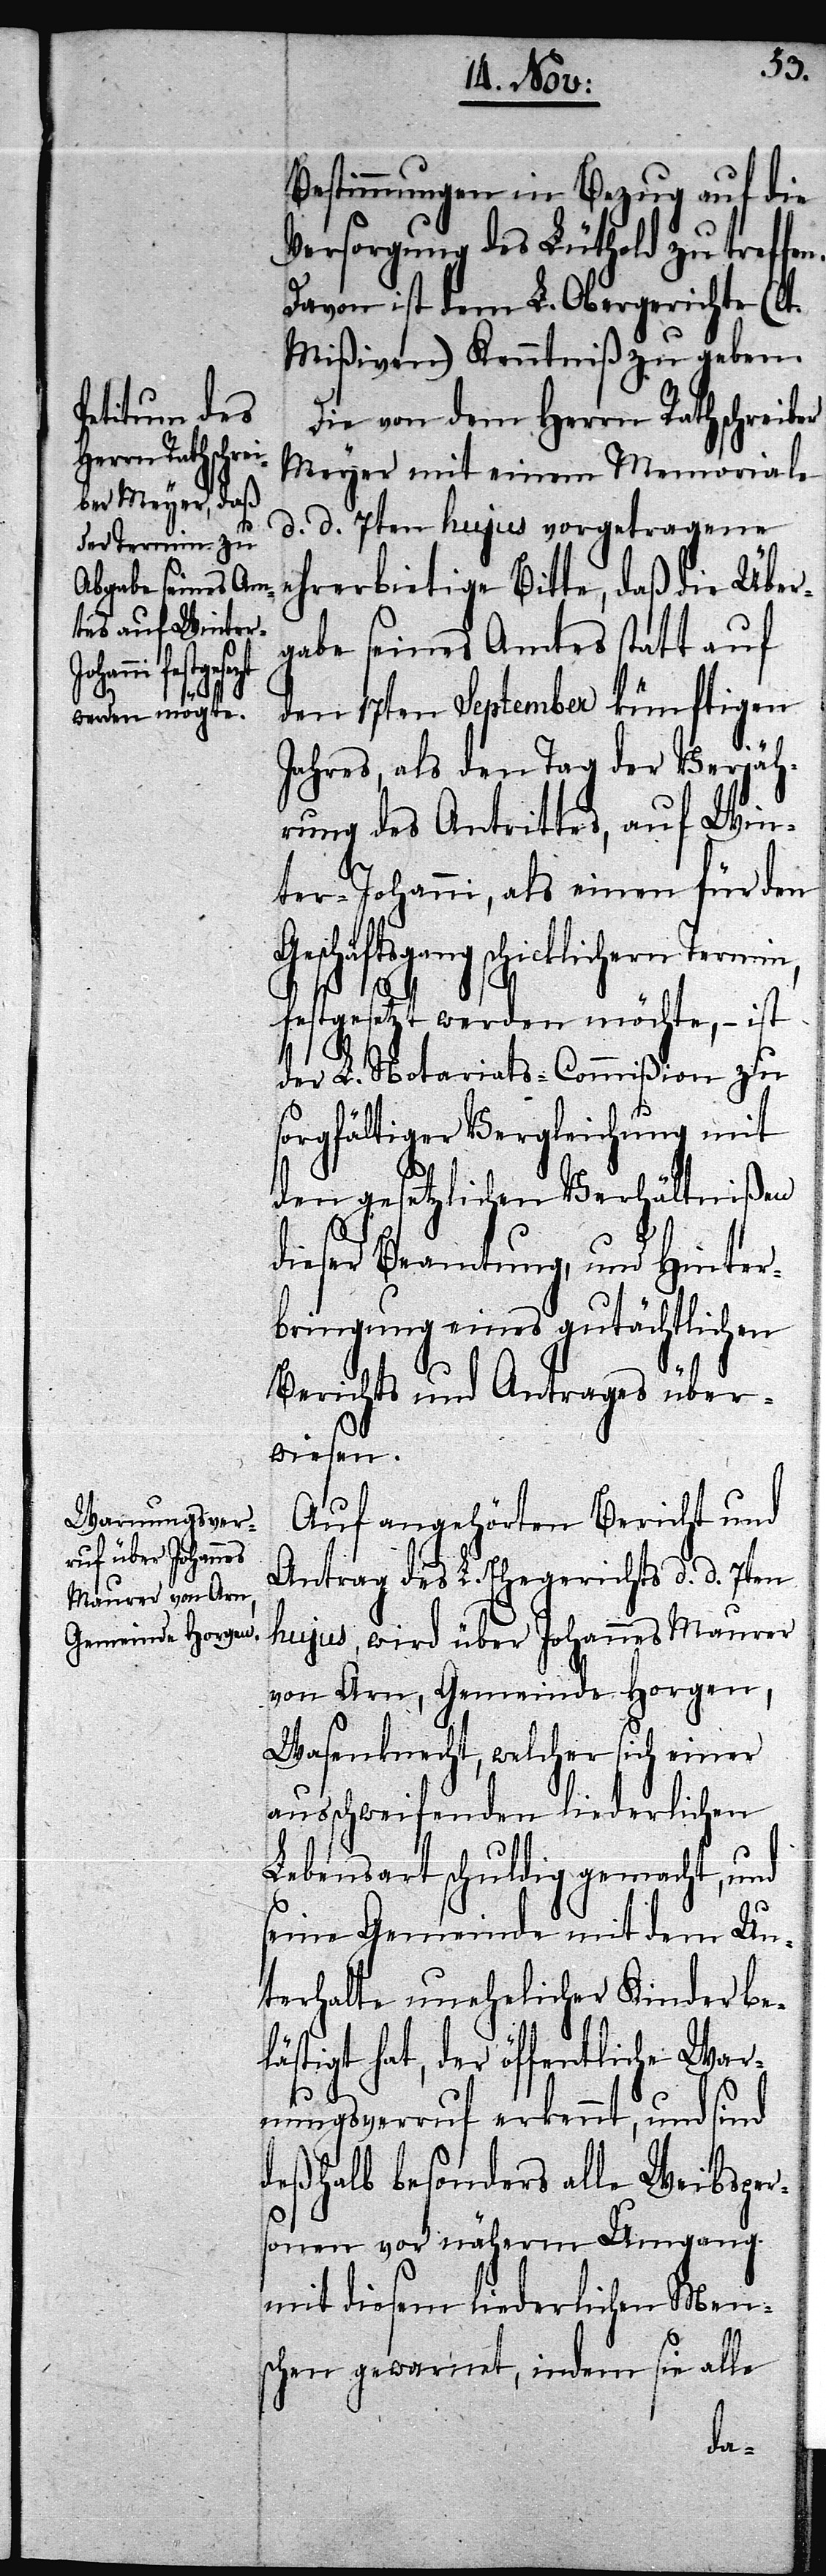
Termin,

Bestimmungen in Bezug auf die
Versorgung des Lüthold zu treffen.
Davon ist dem L. Obergerichte (lt.
Mißiven) Kenntniß zu geben.
Die von dem Herrn Rathschreiber
Meyer mit einem Memoriale
d. d. 7ten hujus vorgetragene
ehrerbietige Bitte, daß die Über¬
gabe seines Amtes statt auf
den 17ten September künftigen
Jahres, als den Tag der Verjäh¬
rung des Antrittes, auf Win¬
ter-Johanni, als einen für den
festgesetzt werden möchte, – ist
der L. Notariats-Commißion zu
sorgfältiger Vergleichung mit
den gesetzlichen Verhältnißen
dieser Beamtung, und Hinter¬
bringung eines gutächtlichen
Berichts und Antrages über¬
wisen.
Auf angehörten Bericht und
Antrag des L. Ehegerichts d. d. 7ten
hujus, wird über Johannes Maurer
von Arn, Gemeinde Horgen,
Wasenknecht, welcher sich einer
ausschweifenden liederlichen
Lebensart schuldig gemacht, und
seine Gemeinde mit dem Un¬
terhalte unehelicher Kinder be¬
lästigt hat, der öffentliche War¬
nungsverruf erkennt, und sind
deßhalb besonders alle Weibsper¬
sonen vor näherm Umgang
mit diesem liederlichen Mens¬
chen gewarnt, indem sie alle